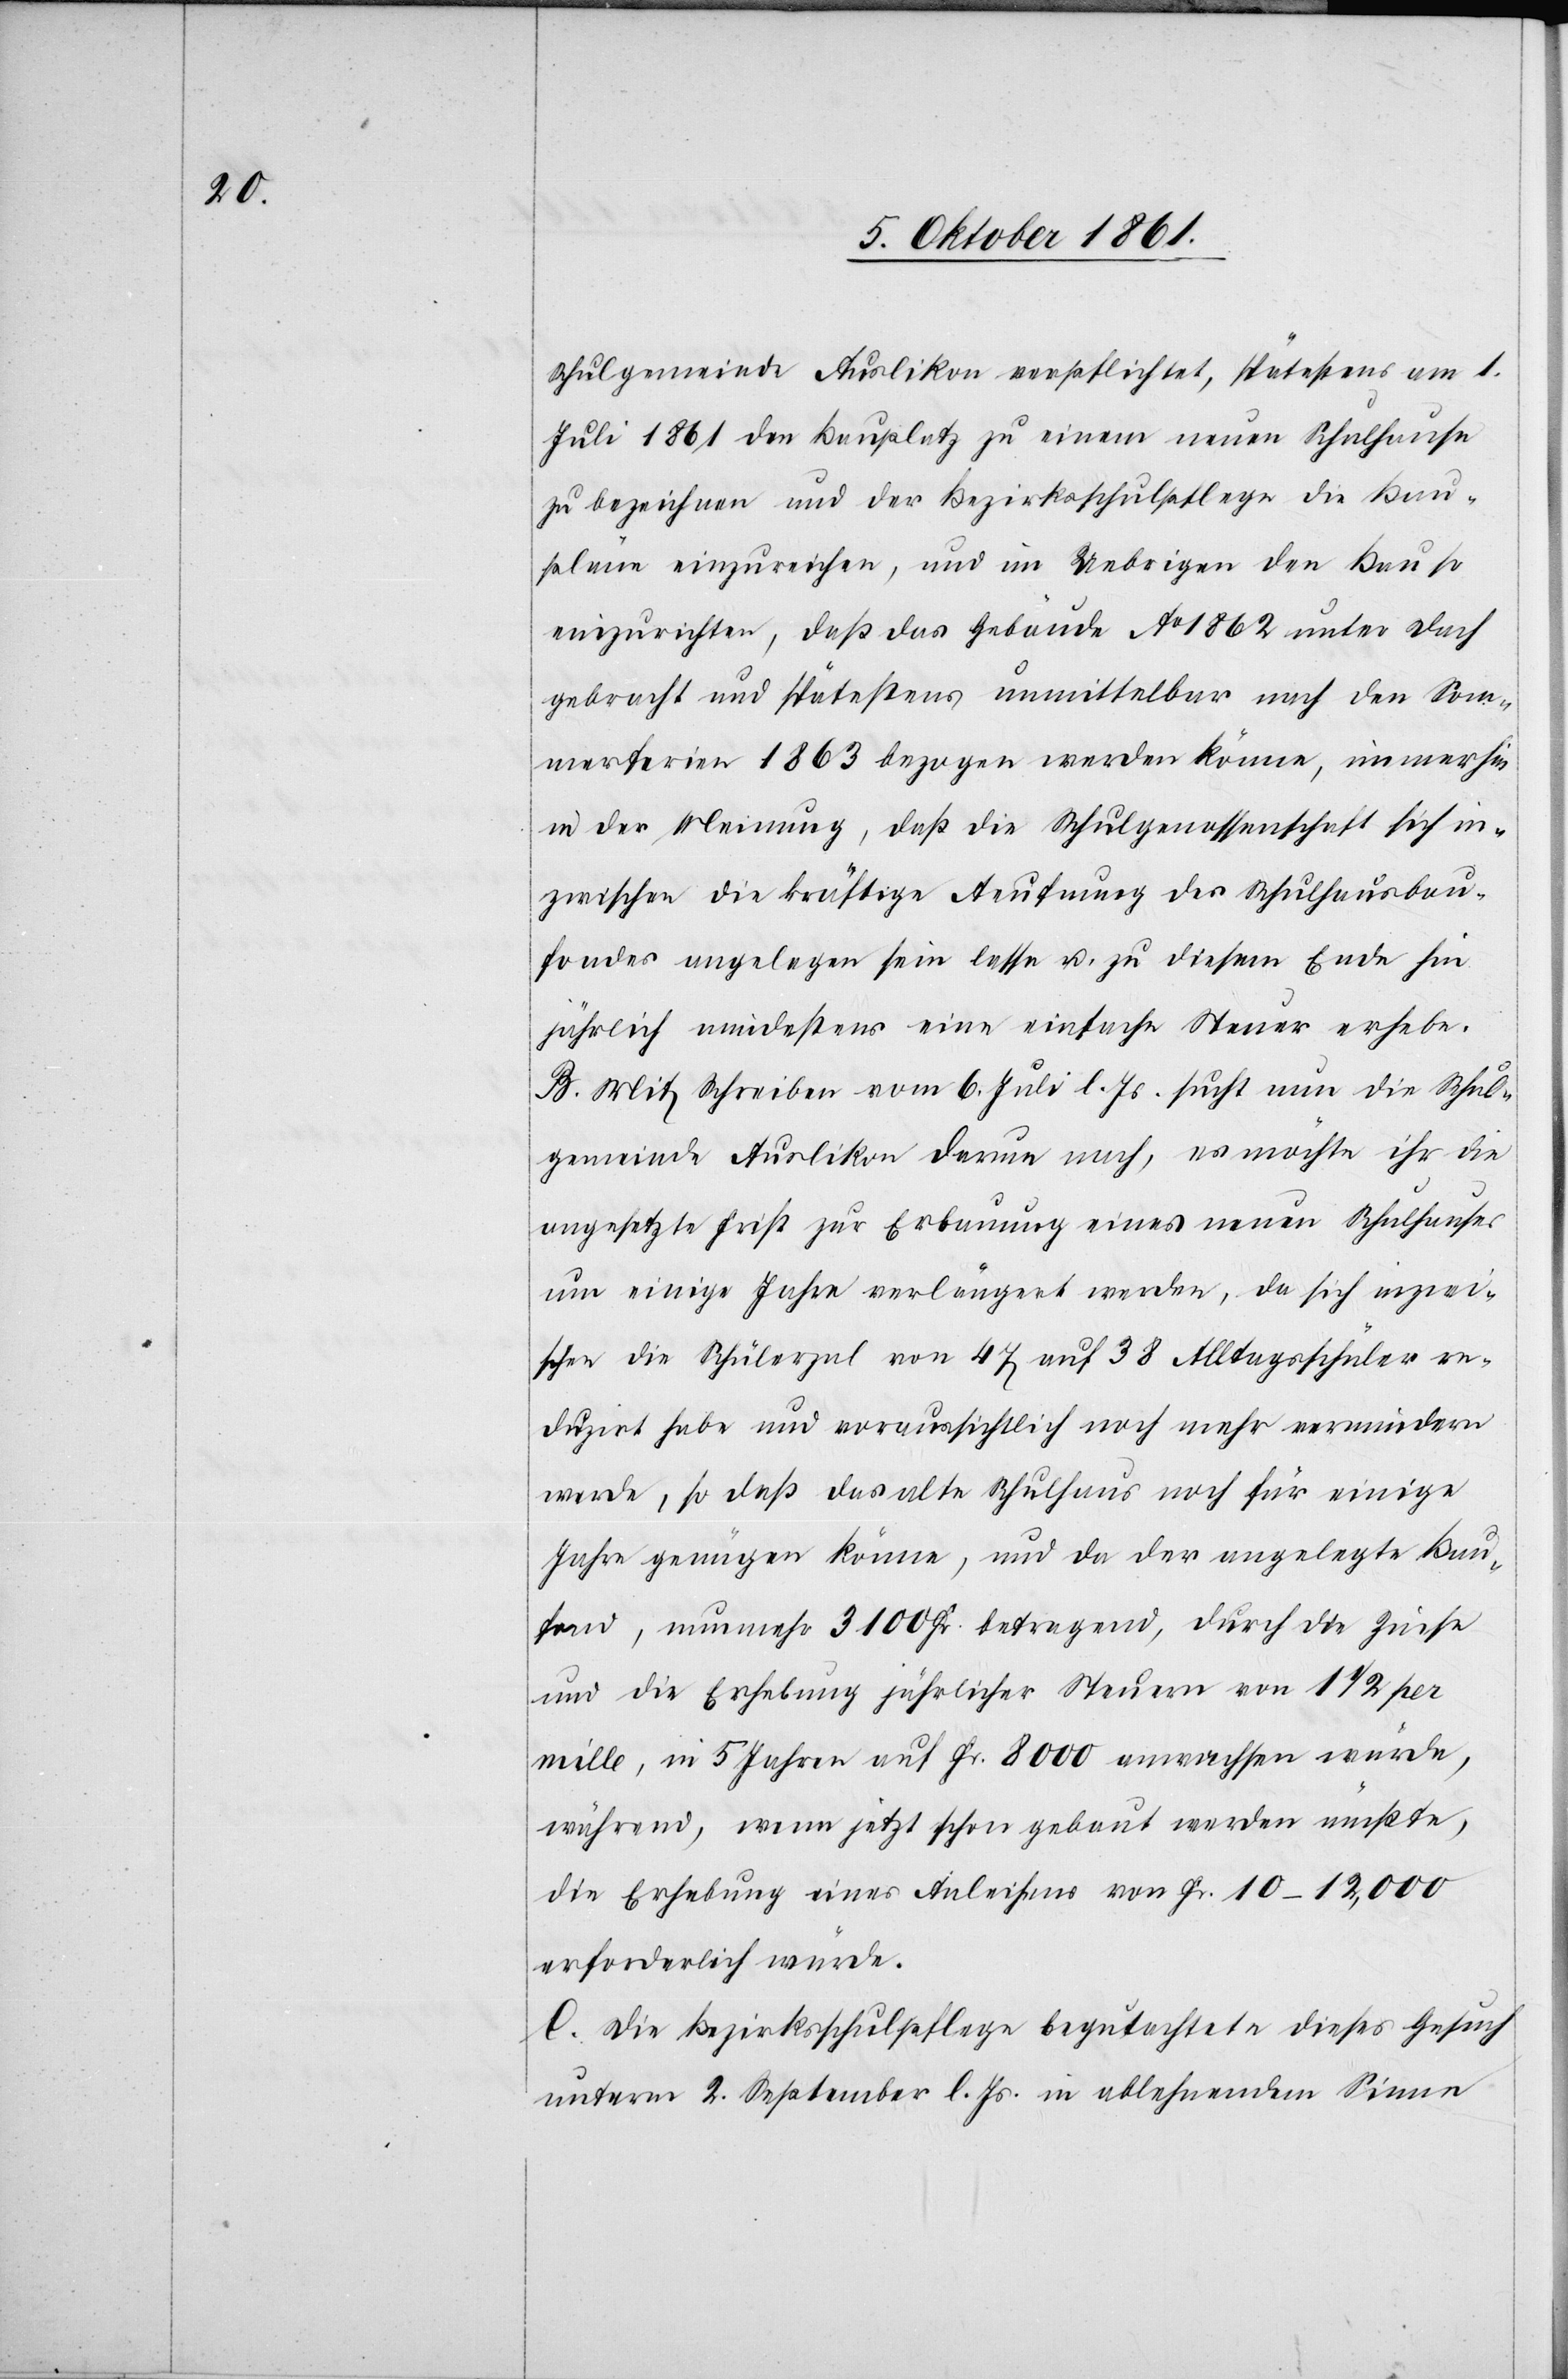
Schulgemeinde Auslikon verpflichtet, spätestens am 1
Juli 1861 den Bauplatz zu einem neuen Schulhause
zu bezeichnen und der Bezirksschulpflege die Bau¬
pläne einzureichen, und im Uebrigen den Bau so
einzurichten, daß das Gebäude Ao. 1862 unter Dach
gebracht und spätestens unmittelbar nach den Som¬
merferien 1863 bezogen werden könne, immerhin
in der Meinung, daß die Schulgenossenschaft sich in¬
zwischen die kräftige Aeufnung des Schulhausbau¬
fondes angelegen sein lasse u. zu diesem Ende hin
jährlich mindestens eine einfache Steuer erhebe.
B. Mit Schreiben vom 6 Juli d. Js. sucht nun die Schul¬
gemeinde Auslikon darum nach, es möchte ihr die
angesetzte Frist zur Erbauung eines neuen Schulhauses
um einige Jahre verlängert werden, da sich inzwi¬
schen die Schülerzahl von 47 auf 38 Alltagsschüler re¬
duzirt habe und voraussichtlich noch mehr vermindern
werde, so daß das alte Schulhaus noch für einige
Jahre genügen könne, und da der angelegte Bau¬
fond, nunmehr 3100 Fr. betragend, durch die Zinse
und die Erhebung jährlicher Steuern von 1 1/2 pro
mille, in 5 Jahren auf Fr. 8000 anwachsen würde,
während, wenn jetzt schon gebaut werden müßte,
die Erhebung eines Anleihens von Fr. 10–12,000
erforderlich würde.
C. Die Bezirksschulpflege begutachtete dieses Gesuch
unterm 2 September l. Js. in ablehnendem Sinne